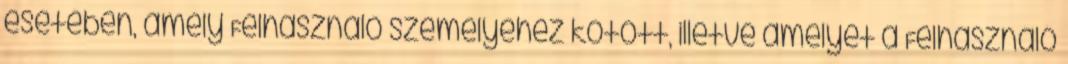
esetében, amely Felhasználó személyéhez kötött, illetve amelyet a Felhasználó